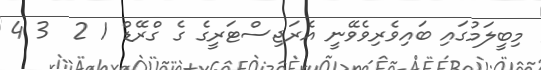
މިބީލަމުގައި ބައިވެރިވެވޭނީ އެރަޖިސްޓަރީގެ ގެ ގްރޭޑް 1 2  3 4